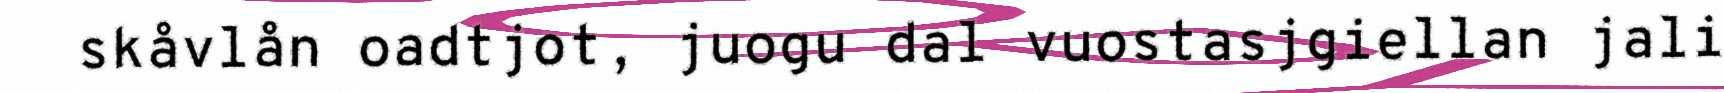
skåvlån oadtjot, juogu dal vuostasjgiellan jali